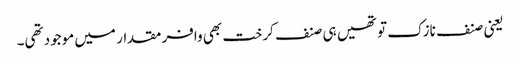
یعنی صنف نازک تو تھیں ہی صنف کرخت بھی وافر مقدار میں موجود تھی۔